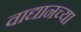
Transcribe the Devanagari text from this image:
वाद्यानच्या